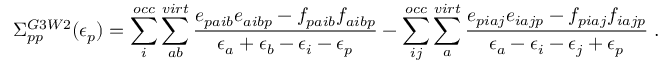
\Sigma _ { p p } ^ { G 3 W 2 } ( \epsilon _ { p } ) = \sum _ { i } ^ { o c c } \sum _ { a b } ^ { v i r t } \frac { e _ { p a i b } e _ { a i b p } - f _ { p a i b } f _ { a i b p } } { \epsilon _ { a } + \epsilon _ { b } - \epsilon _ { i } - \epsilon _ { p } } - \sum _ { i j } ^ { o c c } \sum _ { a } ^ { v i r t } \frac { e _ { p i a j } e _ { i a j p } - f _ { p i a j } f _ { i a j p } } { \epsilon _ { a } - \epsilon _ { i } - \epsilon _ { j } + \epsilon _ { p } } \; .